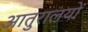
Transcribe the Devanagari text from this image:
आतुरालयों